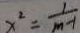
x ^ { 2 } = \frac { 1 } { m - 1 }